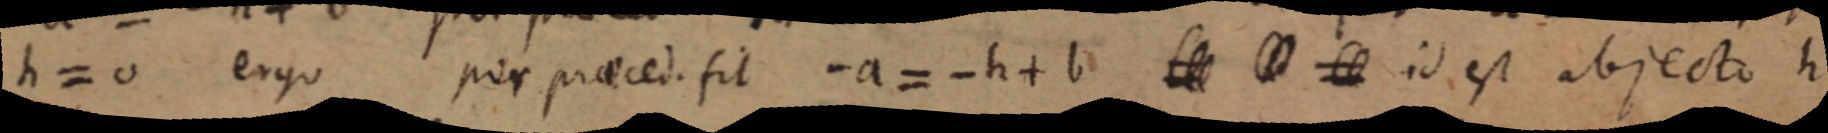
h = o ergo per praeced. sit - a = - h + b _ id est abjecto h